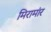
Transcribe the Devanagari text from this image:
मिरामांर